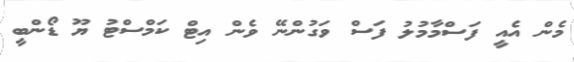
މެން އެއީ ފަސްމާމުލު ފަސް ވަގުންނޭ ވެން އިޓް ކަމްސްޓު ޔޫ ޑޯންބީ